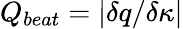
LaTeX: Q_{beat}=|\delta q/\delta\kappa|